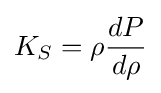
K_{S}=\rho {\frac {dP}{d\rho }}